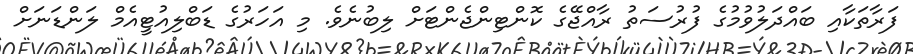
ފަރާތަކާއި ބައްދަލުވުމުގެ ފުރުސަތު ރާއްޖޭގެ ކޮންޓިންޖެންޓަށް ލިބުނެވެ. މި އަހަރުގެ ޑަބްލިއުޓީއެމް ލަންޑަނަށް